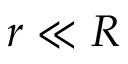
r \ll R